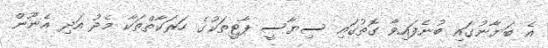
އެ ބަޔާނުގައި ބުނެފައިވާ ގޮތުގައި ސިޔާސީ ޕާޓީތަކުގެ ހަރަކާތްތަކާ މެދު އަދި އެނޫން